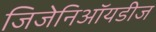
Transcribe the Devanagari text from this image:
जिजेनिऑयडीज